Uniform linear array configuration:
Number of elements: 32
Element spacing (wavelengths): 1
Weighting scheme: cosine
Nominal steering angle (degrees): -45
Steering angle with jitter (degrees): -46.777
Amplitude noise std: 0.05
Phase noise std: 0.05

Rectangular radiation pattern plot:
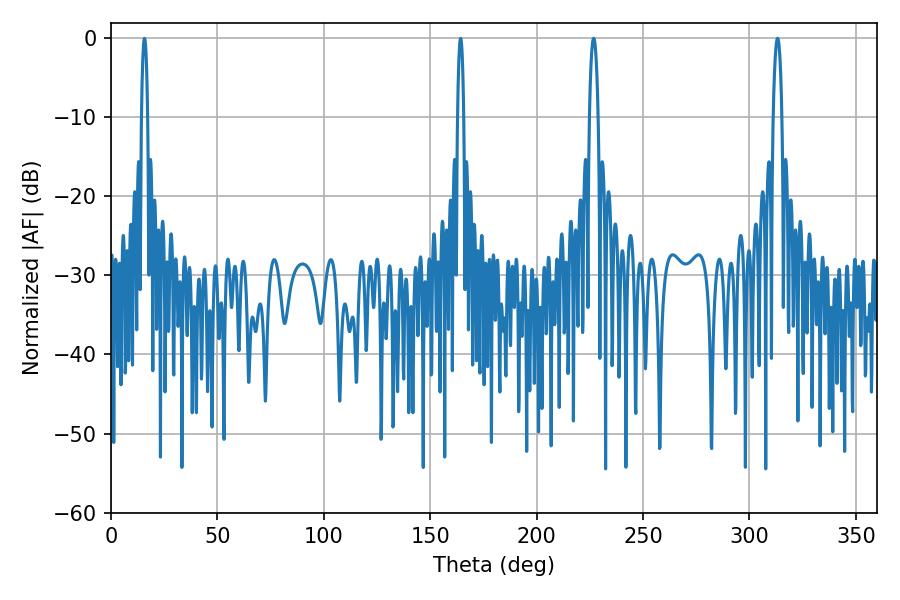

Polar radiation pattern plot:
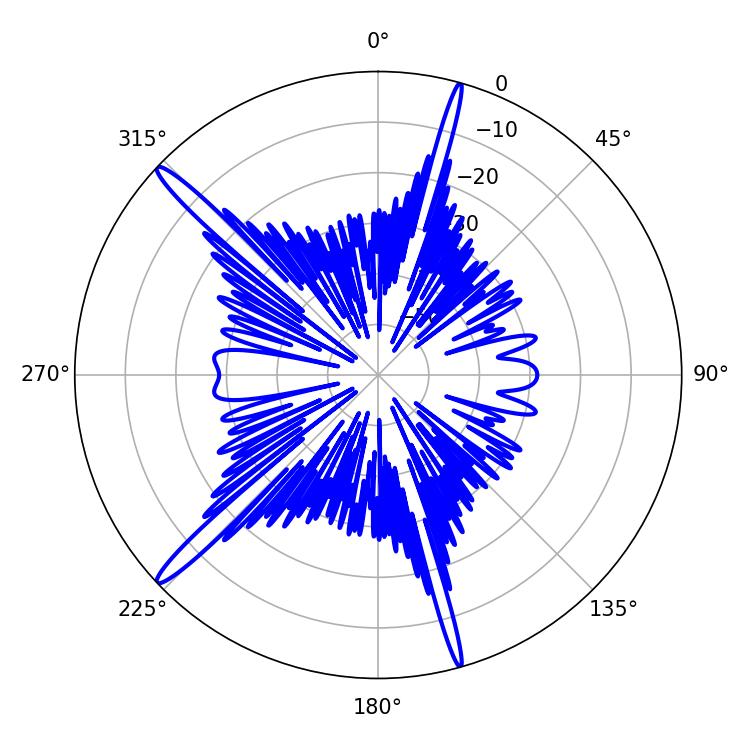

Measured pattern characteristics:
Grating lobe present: TRUE
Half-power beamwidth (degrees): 2.16
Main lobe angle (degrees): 226.8